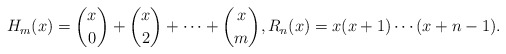
\begin{align*} H_m(x)={x \choose 0}+{x \choose 2}+\cdots+{x \choose m}, R_n(x)=x(x+1)\cdots(x+n-1).\end{align*}